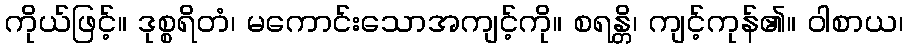
ကိုယ်ဖြင့်။ ဒုစ္စရိတံ၊ မကောင်းသောအကျင့်ကို။ စရန္တိ၊ ကျင့်ကုန်၏။ ဝါစာယ၊